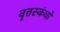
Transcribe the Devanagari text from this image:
वृत्तस्कंधों